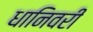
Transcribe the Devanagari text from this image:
धानिवरी